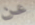
عن